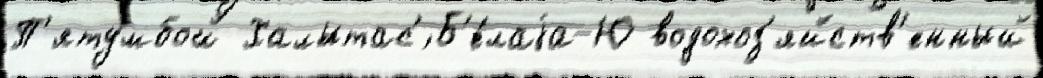
П'ятумбой Халытас'́ Б'е́лаjа-Ю водохоз'яйств'енный